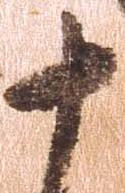
十